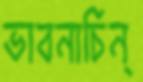
ভাবনাচিন্